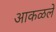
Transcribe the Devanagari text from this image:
आकळले